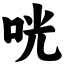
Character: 咣